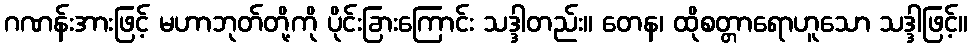
ဂဏန်းအားဖြင့် မဟာဘုတ်တို့ကို ပိုင်းခြားကြောင်း သဒ္ဒါတည်း။ တေန၊ ထိုစတ္တာရောဟူသော သဒ္ဒါဖြင့်။